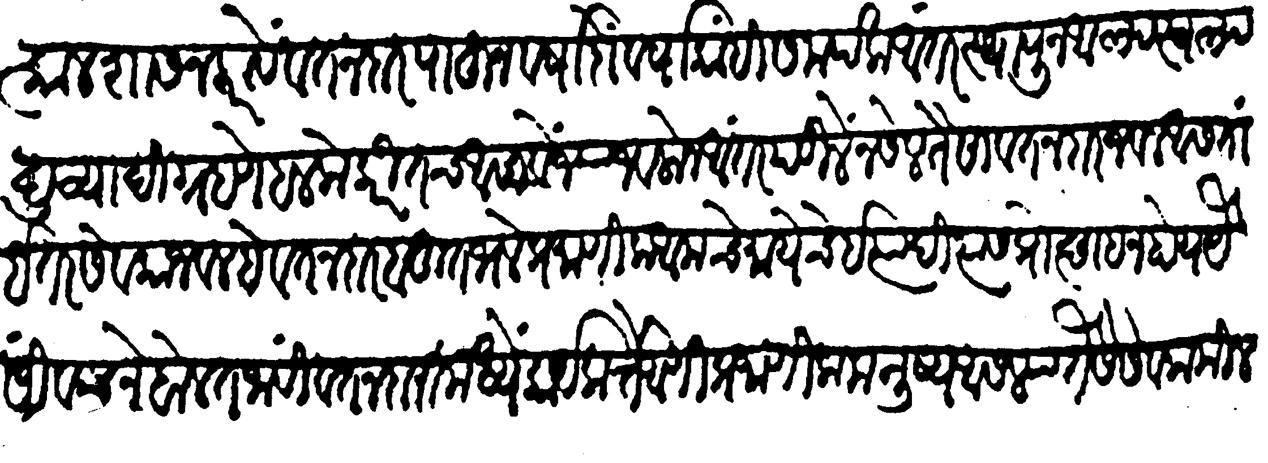
Transliteration (Devanagari): तात्काळ शासन करावे वतनदार पाहून वर्षा दो वर्षा कांही समर्पक अंतर स्थापून आल्पस्वल्प द्रव्यादी ग्रहण हलके करीतच आसावें ज्याजवळोन आंतर पडीलें नसेल तैसा वतनदार जवळ इतर सेवकांजवळ हे वतनदार बहुत भले प्रमाणिक आमचे मायेचे इत्यादि त्यांस प्रोत्साहन होय यैसीं ददनें बोलत जावीं वतनदारांमध्यें कार्यकर्ते आणि प्रामाणिक मनुष्य असल्या तैसे सेवक मिळणे